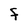
Character: F